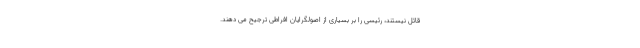
قائل نیستند، رئیسی را بر بسیاری از اصولگرایان افراطی ترجیح می دهند.